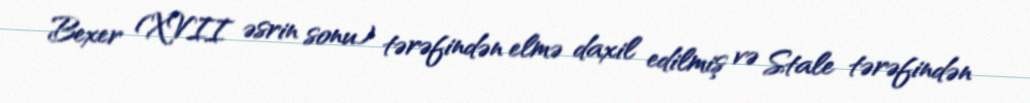
Bexer (XVII əsrin sonu) tərəfindən elmə daxil edilmiş və Stale tərəfindən